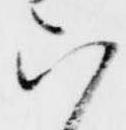
六